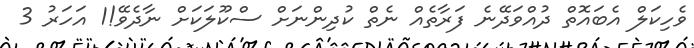
ވެހިކަލް އެބައޮތް ދުއްވަދޭނެ ފަރާތެއް ނެތް ކުދިންނަށް ސްކޫލަކަށް ނާދެވޭ!1 އަހަރު 3